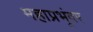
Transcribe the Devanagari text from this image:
महाप्रभूंवर